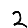
Digit: 2